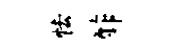
怯酢